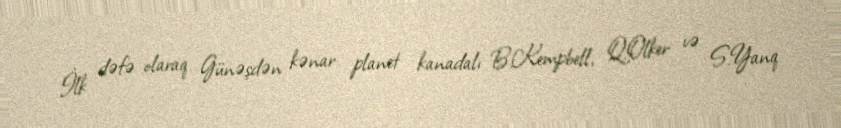
İlk dəfə olaraq Günəşdən kənar planet kanadalı B.Kempbell, Q.Olker və S.Yanq